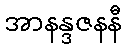
အာနန္ဒဇနနီ